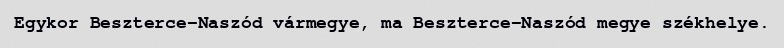
Egykor Beszterce-Naszód vármegye, ma Beszterce-Naszód megye székhelye.